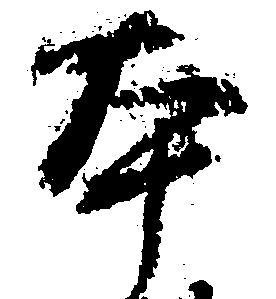
本